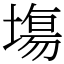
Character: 塲